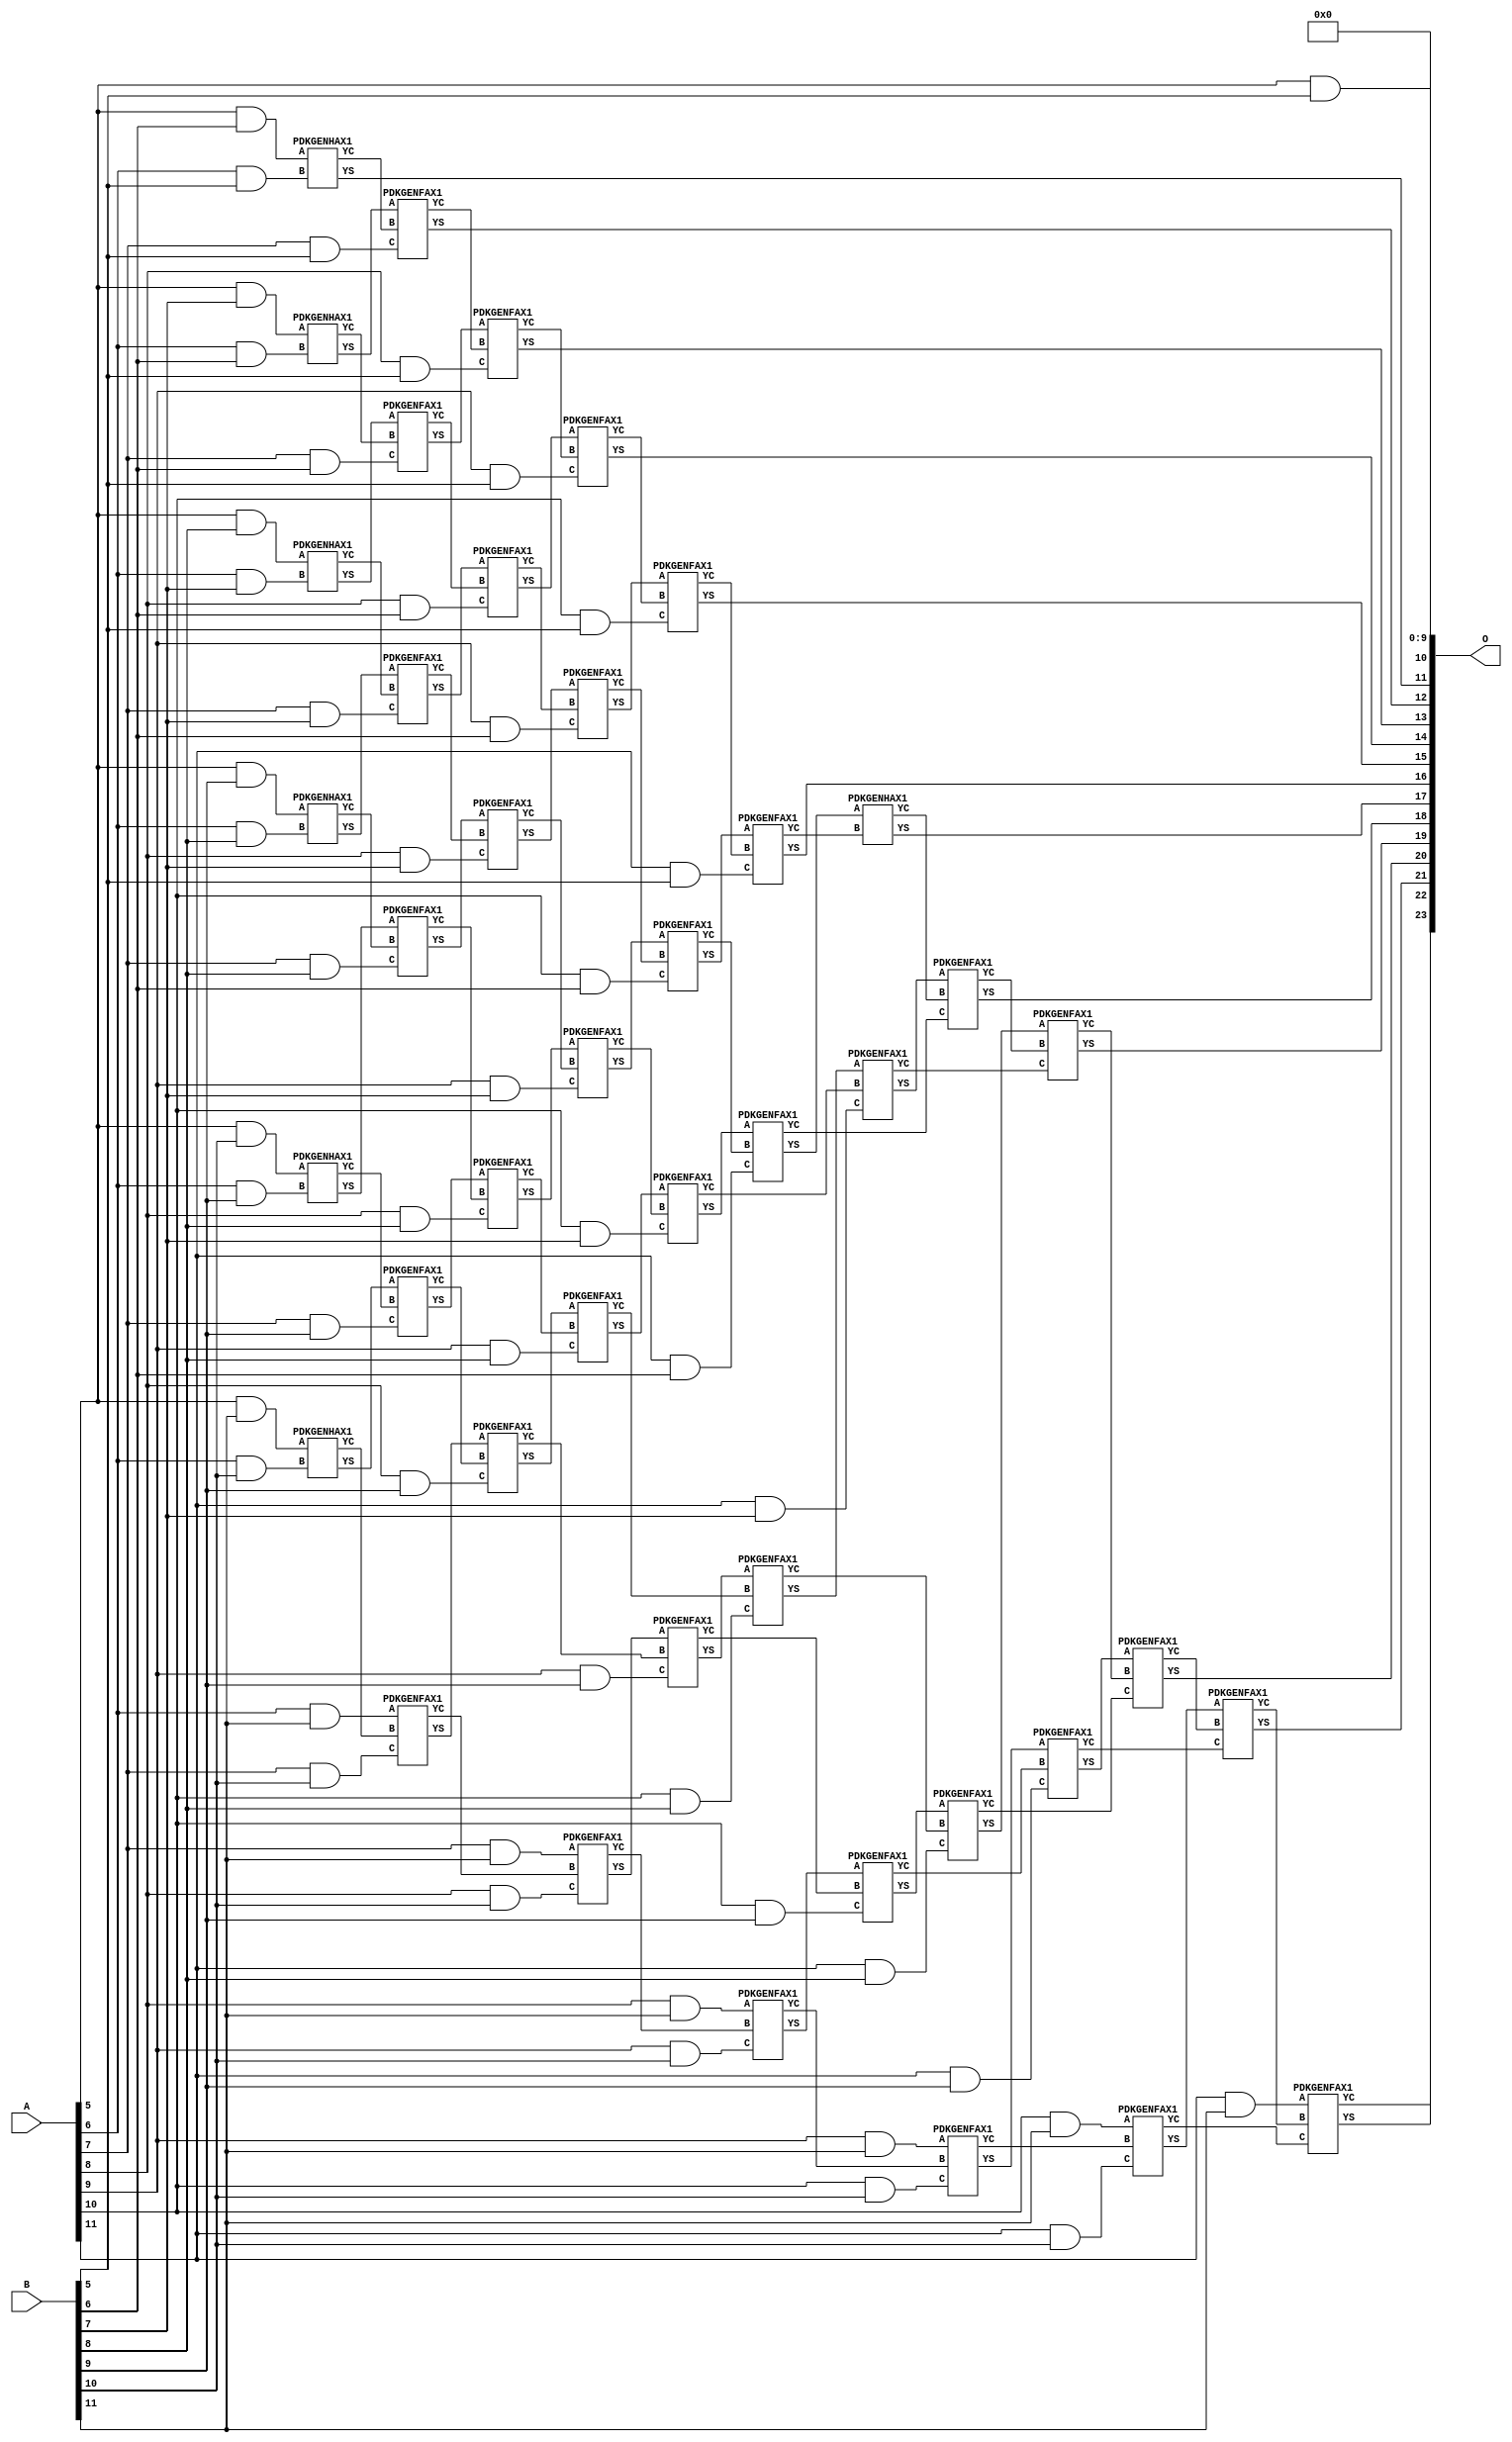
/***
* This code is a part of EvoApproxLib library (ehw.fit.vutbr.cz/approxlib) distributed under The MIT License.
* When used, please cite the following article(s): V. Mrazek, Z. Vasicek, L. Sekanina, H. Jiang and J. Han, "Scalable Construction of Approximate Multipliers With Formally Guaranteed Worst Case Error" in IEEE Transactions on Very Large Scale Integration (VLSI) Systems, vol. 26, no. 11, pp. 2572-2576, Nov. 2018. doi: 10.1109/TVLSI.2018.2856362 
* This file contains a circuit from a sub-set of pareto optimal circuits with respect to the pwr and mae parameters
***/
// MAE% = 0.38 %
// MAE = 63232 
// WCE% = 1.51 %
// WCE = 252929 
// WCRE% = 100.00 %
// EP% = 99.86 %
// MRE% = 5.01 %
// MSE = 56232.128e5 
// PDK45_PWR = 0.273 mW
// PDK45_AREA = 542.0 um2
// PDK45_DELAY = 1.22 ns


module mul12u_33U ( A, B, O );
  input [11:0] A;
  input [11:0] B;
  output [23:0] O;

  wire C_10_10,C_10_5,C_10_6,C_10_7,C_10_8,C_10_9,C_11_10,C_11_5,C_11_6,C_11_7,C_11_8,C_11_9,C_12_10,C_12_5,C_12_6,C_12_7,C_12_8,C_12_9,C_6_10,C_6_5,C_6_6,C_6_7,C_6_8,C_6_9,C_7_10,C_7_5,C_7_6,C_7_7,C_7_8,C_7_9,C_8_10,C_8_5,C_8_6,C_8_7,C_8_8,C_8_9,C_9_10,C_9_5,C_9_6,C_9_7,C_9_8,C_9_9,S_10_0,S_10_1,S_10_10,S_10_11,S_10_2,S_10_3,S_10_4,S_10_5,S_10_6,S_10_7,S_10_8,S_10_9,S_11_0,S_11_1,S_11_10,S_11_11,S_11_2,S_11_3,S_11_4,S_11_5,S_11_6,S_11_7,S_11_8,S_11_9,S_12_0,S_12_1,S_12_10,S_12_11,S_12_2,S_12_3,S_12_4,S_12_5,S_12_6,S_12_7,S_12_8,S_12_9,S_5_10,S_5_11,S_5_5,S_5_6,S_5_7,S_5_8,S_5_9,S_6_10,S_6_11,S_6_4,S_6_5,S_6_6,S_6_7,S_6_8,S_6_9,S_7_10,S_7_11,S_7_3,S_7_4,S_7_5,S_7_6,S_7_7,S_7_8,S_7_9,S_8_10,S_8_11,S_8_2,S_8_3,S_8_4,S_8_5,S_8_6,S_8_7,S_8_8,S_8_9,S_9_1,S_9_10,S_9_11,S_9_2,S_9_3,S_9_4,S_9_5,S_9_6,S_9_7,S_9_8,S_9_9;

  assign S_5_5 = (A[5] & B[5]);
  assign S_5_6 = (A[5] & B[6]);
  assign S_5_7 = (A[5] & B[7]);
  assign S_5_8 = (A[5] & B[8]);
  assign S_5_9 = (A[5] & B[9]);
  assign S_5_10 = (A[5] & B[10]);
  assign S_5_11 = (A[5] & B[11]);
  assign S_6_4 = S_5_5;
  PDKGENHAX1 U2790 (.A(S_5_6), .B((A[6] & B[5])), .YS(S_6_5), .YC(C_6_5));
  PDKGENHAX1 U2791 (.A(S_5_7), .B((A[6] & B[6])), .YS(S_6_6), .YC(C_6_6));
  PDKGENHAX1 U2792 (.A(S_5_8), .B((A[6] & B[7])), .YS(S_6_7), .YC(C_6_7));
  PDKGENHAX1 U2793 (.A(S_5_9), .B((A[6] & B[8])), .YS(S_6_8), .YC(C_6_8));
  PDKGENHAX1 U2794 (.A(S_5_10), .B((A[6] & B[9])), .YS(S_6_9), .YC(C_6_9));
  PDKGENHAX1 U2795 (.A(S_5_11), .B((A[6] & B[10])), .YS(S_6_10), .YC(C_6_10));
  assign S_6_11 = (A[6] & B[11]);
  assign S_7_3 = S_6_4;
  assign S_7_4 = S_6_5;
  PDKGENFAX1 U2802 (.A(S_6_6), .B(C_6_5), .C((A[7] & B[5])), .YS(S_7_5), .YC(C_7_5));
  PDKGENFAX1 U2803 (.A(S_6_7), .B(C_6_6), .C((A[7] & B[6])), .YS(S_7_6), .YC(C_7_6));
  PDKGENFAX1 U2804 (.A(S_6_8), .B(C_6_7), .C((A[7] & B[7])), .YS(S_7_7), .YC(C_7_7));
  PDKGENFAX1 U2805 (.A(S_6_9), .B(C_6_8), .C((A[7] & B[8])), .YS(S_7_8), .YC(C_7_8));
  PDKGENFAX1 U2806 (.A(S_6_10), .B(C_6_9), .C((A[7] & B[9])), .YS(S_7_9), .YC(C_7_9));
  PDKGENFAX1 U2807 (.A(S_6_11), .B(C_6_10), .C((A[7] & B[10])), .YS(S_7_10), .YC(C_7_10));
  assign S_7_11 = (A[7] & B[11]);
  assign S_8_2 = S_7_3;
  assign S_8_3 = S_7_4;
  assign S_8_4 = S_7_5;
  PDKGENFAX1 U2814 (.A(S_7_6), .B(C_7_5), .C((A[8] & B[5])), .YS(S_8_5), .YC(C_8_5));
  PDKGENFAX1 U2815 (.A(S_7_7), .B(C_7_6), .C((A[8] & B[6])), .YS(S_8_6), .YC(C_8_6));
  PDKGENFAX1 U2816 (.A(S_7_8), .B(C_7_7), .C((A[8] & B[7])), .YS(S_8_7), .YC(C_8_7));
  PDKGENFAX1 U2817 (.A(S_7_9), .B(C_7_8), .C((A[8] & B[8])), .YS(S_8_8), .YC(C_8_8));
  PDKGENFAX1 U2818 (.A(S_7_10), .B(C_7_9), .C((A[8] & B[9])), .YS(S_8_9), .YC(C_8_9));
  PDKGENFAX1 U2819 (.A(S_7_11), .B(C_7_10), .C((A[8] & B[10])), .YS(S_8_10), .YC(C_8_10));
  assign S_8_11 = (A[8] & B[11]);
  assign S_9_1 = S_8_2;
  assign S_9_2 = S_8_3;
  assign S_9_3 = S_8_4;
  assign S_9_4 = S_8_5;
  PDKGENFAX1 U2826 (.A(S_8_6), .B(C_8_5), .C((A[9] & B[5])), .YS(S_9_5), .YC(C_9_5));
  PDKGENFAX1 U2827 (.A(S_8_7), .B(C_8_6), .C((A[9] & B[6])), .YS(S_9_6), .YC(C_9_6));
  PDKGENFAX1 U2828 (.A(S_8_8), .B(C_8_7), .C((A[9] & B[7])), .YS(S_9_7), .YC(C_9_7));
  PDKGENFAX1 U2829 (.A(S_8_9), .B(C_8_8), .C((A[9] & B[8])), .YS(S_9_8), .YC(C_9_8));
  PDKGENFAX1 U2830 (.A(S_8_10), .B(C_8_9), .C((A[9] & B[9])), .YS(S_9_9), .YC(C_9_9));
  PDKGENFAX1 U2831 (.A(S_8_11), .B(C_8_10), .C((A[9] & B[10])), .YS(S_9_10), .YC(C_9_10));
  assign S_9_11 = (A[9] & B[11]);
  assign S_10_0 = S_9_1;
  assign S_10_1 = S_9_2;
  assign S_10_2 = S_9_3;
  assign S_10_3 = S_9_4;
  assign S_10_4 = S_9_5;
  PDKGENFAX1 U2838 (.A(S_9_6), .B(C_9_5), .C((A[10] & B[5])), .YS(S_10_5), .YC(C_10_5));
  PDKGENFAX1 U2839 (.A(S_9_7), .B(C_9_6), .C((A[10] & B[6])), .YS(S_10_6), .YC(C_10_6));
  PDKGENFAX1 U2840 (.A(S_9_8), .B(C_9_7), .C((A[10] & B[7])), .YS(S_10_7), .YC(C_10_7));
  PDKGENFAX1 U2841 (.A(S_9_9), .B(C_9_8), .C((A[10] & B[8])), .YS(S_10_8), .YC(C_10_8));
  PDKGENFAX1 U2842 (.A(S_9_10), .B(C_9_9), .C((A[10] & B[9])), .YS(S_10_9), .YC(C_10_9));
  PDKGENFAX1 U2843 (.A(S_9_11), .B(C_9_10), .C((A[10] & B[10])), .YS(S_10_10), .YC(C_10_10));
  assign S_10_11 = (A[10] & B[11]);
  assign S_11_0 = S_10_1;
  assign S_11_1 = S_10_2;
  assign S_11_2 = S_10_3;
  assign S_11_3 = S_10_4;
  assign S_11_4 = S_10_5;
  PDKGENFAX1 U2850 (.A(S_10_6), .B(C_10_5), .C((A[11] & B[5])), .YS(S_11_5), .YC(C_11_5));
  PDKGENFAX1 U2851 (.A(S_10_7), .B(C_10_6), .C((A[11] & B[6])), .YS(S_11_6), .YC(C_11_6));
  PDKGENFAX1 U2852 (.A(S_10_8), .B(C_10_7), .C((A[11] & B[7])), .YS(S_11_7), .YC(C_11_7));
  PDKGENFAX1 U2853 (.A(S_10_9), .B(C_10_8), .C((A[11] & B[8])), .YS(S_11_8), .YC(C_11_8));
  PDKGENFAX1 U2854 (.A(S_10_10), .B(C_10_9), .C((A[11] & B[9])), .YS(S_11_9), .YC(C_11_9));
  PDKGENFAX1 U2855 (.A(S_10_11), .B(C_10_10), .C((A[11] & B[10])), .YS(S_11_10), .YC(C_11_10));
  assign S_11_11 = (A[11] & B[11]);
  assign S_12_0 = S_11_1;
  assign S_12_1 = S_11_2;
  assign S_12_2 = S_11_3;
  assign S_12_3 = S_11_4;
  assign S_12_4 = S_11_5;
  PDKGENHAX1 U2862 (.A(S_11_6), .B(C_11_5), .YS(S_12_5), .YC(C_12_5));
  PDKGENFAX1 U2863 (.A(S_11_7), .B(C_12_5), .C(C_11_6), .YS(S_12_6), .YC(C_12_6));
  PDKGENFAX1 U2864 (.A(S_11_8), .B(C_12_6), .C(C_11_7), .YS(S_12_7), .YC(C_12_7));
  PDKGENFAX1 U2865 (.A(S_11_9), .B(C_12_7), .C(C_11_8), .YS(S_12_8), .YC(C_12_8));
  PDKGENFAX1 U2866 (.A(S_11_10), .B(C_12_8), .C(C_11_9), .YS(S_12_9), .YC(C_12_9));
  PDKGENFAX1 U2867 (.A(S_11_11), .B(C_12_9), .C(C_11_10), .YS(S_12_10), .YC(C_12_10));
  assign S_12_11 = C_12_10;
  assign O = {S_12_11,S_12_10,S_12_9,S_12_8,S_12_7,S_12_6,S_12_5,S_12_4,S_12_3,S_12_2,S_12_1,S_12_0,S_11_0,S_10_0,1'b0,1'b0,1'b0,1'b0,1'b0,1'b0,1'b0,1'b0,1'b0,1'b0};

endmodule

/* mod */
module PDKGENHAX1( input A, input B, output YS, output YC );
    assign YS = A ^ B;
    assign YC = A & B;
endmodule
/* mod */
module PDKGENFAX1( input A, input B, input C, output YS, output YC );
    assign YS = (A ^ B) ^ C;
    assign YC = (A & B) | (B & C) | (A & C);
endmodule